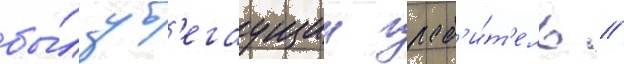
бы́л уб'егаущии граб'и́т'ель //